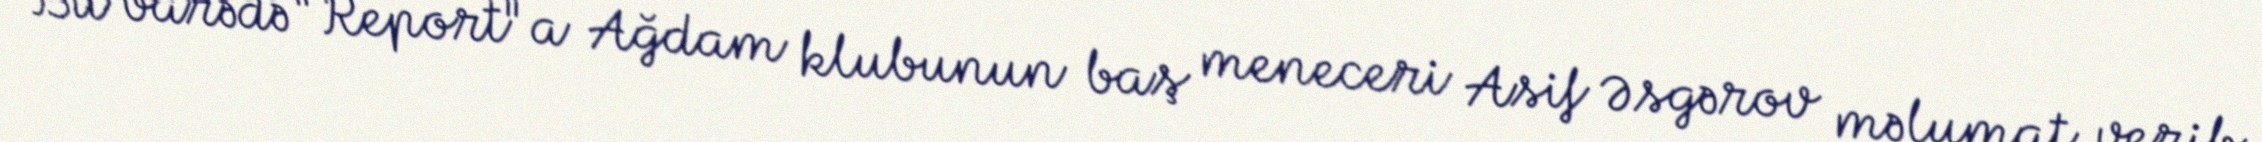
Bu barədə "Report"a Ağdam klubunun baş meneceri Asif Əsgərov məlumat verib.